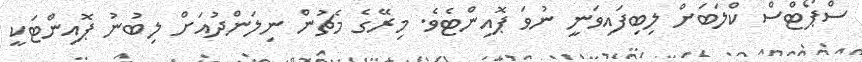
ސްޕޯޓްސް ކްލަބަށް ލިބިފައިވަނީ ނުވަ ޕޮއިންޓެވެ. މިރޭގެ މެޗުން ނިލަންދުއަށް ލިބުނު ޕޮއިންޓަކީ